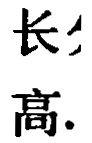
长高.